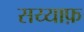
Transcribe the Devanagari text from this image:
सय्याफ़